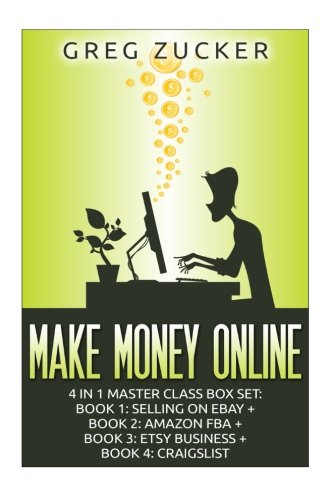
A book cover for Make Money Online: 4 in 1 Master Class Box Set: Book 1: Selling on Ebay + Book 2: Amazon FBA + Book 3: Etsy Business + Book 4: Craigslist (Amazon FBA, ... Amazon Business, Amazon Book Business); Greg Zucker; Computers & Technology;